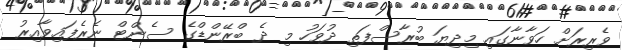
ވެރިރަށް ހަވާނާގައި މިދިޔަ ބުރާސްފަތި ދުވަހު މި ދެ ބްރޭންޑްގެ ސެންޓް ނެރެފައިވާއިރު